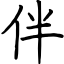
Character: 伴